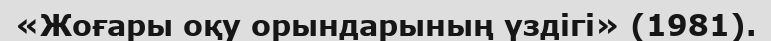
«Жоғары оқу орындарының үздігі» (1981).